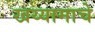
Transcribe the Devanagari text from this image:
खय्यामाचे